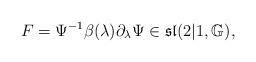
LaTeX: \begin{align*}F=\Psi^{-1}\beta(\lambda)\partial_\lambda\Psi\in\mathfrak{sl}(2\vert1,\mathbb{G}),\end{align*}